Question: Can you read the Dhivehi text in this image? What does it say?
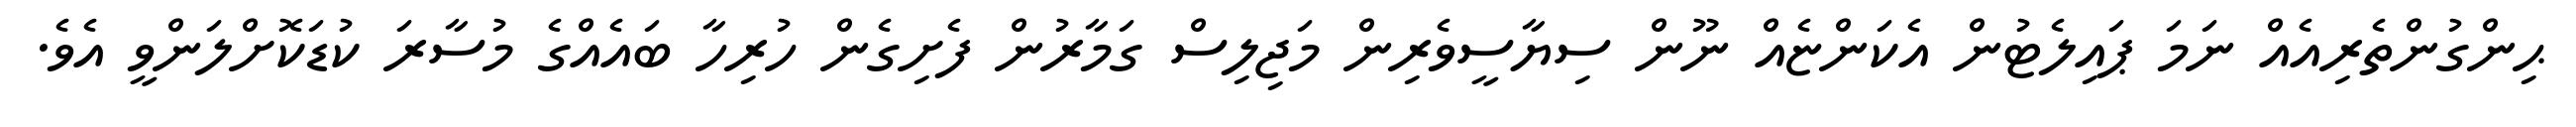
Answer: ޙިންގުންތެރިއެއް ނަމަ ޕައިލެޓުން އެކަންޏެއް ނޫން ސިޔާސީވެރިން މަޖިލިސް ގަމާރުން ފެށިގެން ހުރިހާ ބައެއްގެ މުސާރަ ކުޑަކޮށްލަންވީ އެވެ.